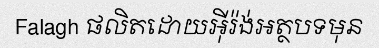
Falagh ផលិតដោយអ៊ីរ៉ង់អត្ថបទមុន